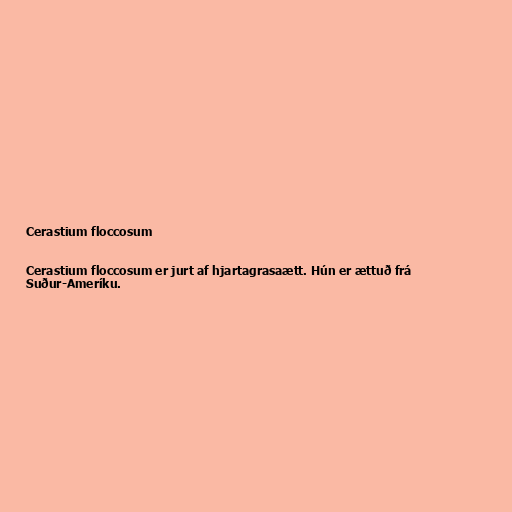
Cerastium floccosum

Cerastium floccosum er jurt af hjartagrasaætt. Hún er ættuð frá
Suður-Ameríku.